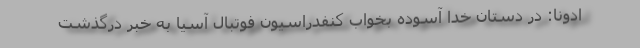
ادونا: در دستان خدا آسوده بخواب کنفدراسیون فوتبال آسیا به خبر درگذشت